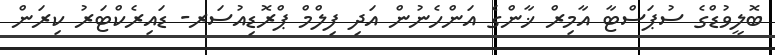
ބޮލީވުޑްގެ ސުޕަސްޓާ އާމިރް ޚާންގެ އަންހެނުން އަދި ފިލްމް ޕްރޮޑިއުސަރ- ޑައިރެކްޓަރު ކިރަން